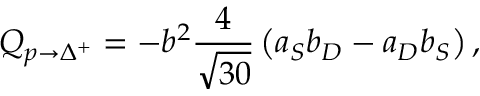
Q _ { p \to \Delta ^ { + } } = - b ^ { 2 } { \frac { 4 } { \sqrt { 3 0 } } } \left( a _ { S } b _ { D } - a _ { D } b _ { S } \right) ,